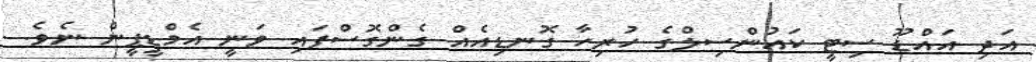
އަދި އައްޑޫ ސިޓީ ކައުންސިލްގެ ހުރިހާ ގޮނޑިއެއް ގެންގޮސްފައި ވަނީ އެމްޑީޕީން ނެވެ.